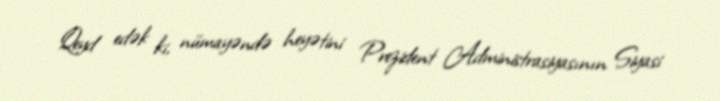
Qeyd edək ki, nümayəndə heyətini Prezident Administrasiyasının Siyasi